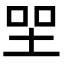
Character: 𡋐